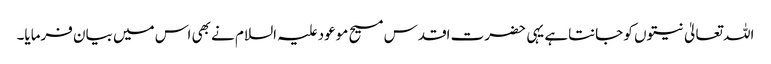
اللہ تعالیٰ نیتوں کو جانتاہے یہی حضرت اقدس مسیح موعود علیہ السلام نے بھی اس میں بیان فرمایا۔